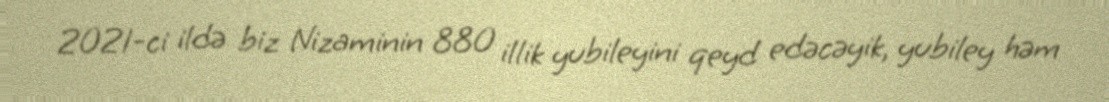
2021-ci ildə biz Nizaminin 880 illik yubileyini qeyd edəcəyik, yubiley həm